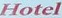
Hotel